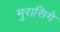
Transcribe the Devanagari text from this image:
मुरासिगे